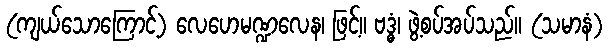
(ကျယ်သောကြောင့်) လေဟေမဏ္ဍလေန၊ ဖြင့်။ ဗဒ္ဓံ၊ ဖွဲ့စပ်အပ်သည်။ (သမာနံ)